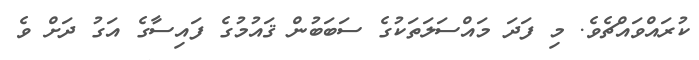
ކުރައްވައްޗެވެ. މި ފަދަ މައްސަލަތަކުގެ ސަބަބުން ޤައުމުގެ ފައިސާގެ އަގު ދަށް ވެ